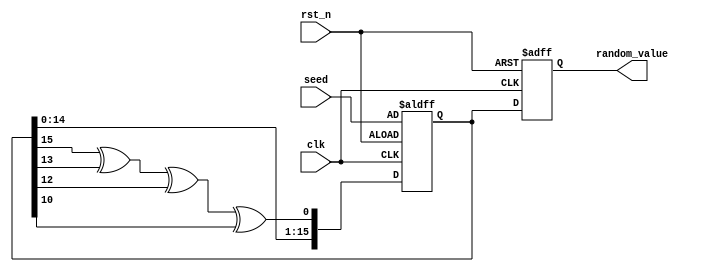
module random_initialization #(
    parameter DATA_WIDTH = 16        // Specify the width of the random value output
) (
    input wire clk,                  // Clock signal
    input wire rst_n,                // Active-low reset signal
    input wire [DATA_WIDTH-1:0] seed, // Seed input for initialization
    output reg [DATA_WIDTH-1:0] random_value // Output random value
);

    // LFSR internal state
    reg [DATA_WIDTH-1:0] lfsr_reg;

    // Feedback polynomial for LFSR (example: x^16 + x^14 + x^13 + x^11 + 1)
    wire feedback = lfsr_reg[15] ^ lfsr_reg[13] ^ lfsr_reg[12] ^ lfsr_reg[10];

    always @(posedge clk or negedge rst_n) begin
        if (!rst_n) begin
            // On reset, initialize LFSR with seed
            lfsr_reg <= seed;
            random_value <= 0; // Clear the random value output
        end else begin
            // Update LFSR state and generate new random value
            lfsr_reg <= {lfsr_reg[DATA_WIDTH-2:0], feedback}; // Shift and insert feedback
            random_value <= lfsr_reg; // Output the current state of the LFSR
        end
    end

endmodule